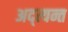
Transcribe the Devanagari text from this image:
अद्त्यन्त